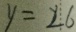
y = 2 6